Sketch of the medical history of the native army of Bombay, for the year
Year: 1875
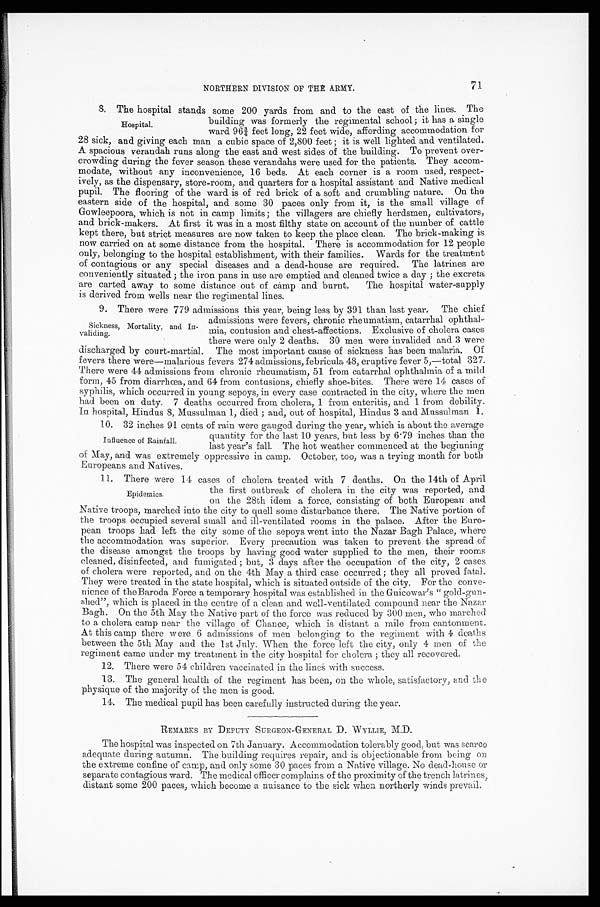
71
NORTHERN DIVISION OF THE ARMY.
8. The hospital stands some 200 yards from and to the east of the lines. The
building was formerly the regimental school; it has a single
ward 96¾ feet long, 22 feet wide, affording accommodation for
28 sick, and giving each man a cubic space of 2,800 feet; it is well lighted and ventilated.
A spacious verandah runs along the east and west sides of the building. To prevent over-
crowding during the fever season these verandahs were used for the patients. They accom--
modate, without any inconvenience, 16 beds. At each corner is a room used, respect
-ively, as the dispensary, store-room, and quarters for a hospital assistant and Native medical
pupil. The flooring of the ward is of red brick of a soft and crumbling nature. On the
eastern side of the hospital, and some 30 paces only from it, is the small village of
Gowleepoora, which is not in camp limits; the villagers are chiefly herdsmen, cultivators,
and brick-makers. At first it was in a most filthy state on account of the number of cattle
kept there, but strict measures are now taken to keep the place clean. The brick-making is
now carried on at some distance from the hospital. There is accommodation for 12 people
only, belonging to the hospital establishment, with their families. Wards for the treatment
of contagious or any special diseases and a dead-house are required. The latrines are
conveniently situated; the iron pans in use are emptied and cleaned twice a day; the excreta
are carted away to some distance out of camp and burnt. The hospital water-supply
is derived from wells near the regimental lines.
9. There were 779 admissions this year, being less by 391 than last year. The chief
admissions were fevers, chronic rheumatism, catarrhal ophthal
-mia, contusion and chest-affections. Exclusive of cholera cases
there were only 2 deaths. 30 men were invalided and 3 were
discharged by court-martial. The most important cause of sickness has been malaria. Of
fevers there were—malarious fevers 274 admissions, febricula 48, eruptive fever 5,—total 327.
There were 44 admissions from chronic rheumatism, 51 from catarrhal ophthalmia of a mild
form, 45 from diarrhœa, and 64 from contusions, chiefly shoe-bites. There were 14 cases of
syphilis, which occurred in young sepoys, in every case contracted in the city, where the men
had been on duty. 7 deaths occurred from cholera, 1 from enteritis, and 1 from debility.
In hospital, Hindus 8, Mussulman 1, died; and, out of hospital, Hindus 3 and Mussulman 1.
10. 32 inches 91 cents of rain were gauged during the year, which is about the average
quantity for the last 10 years, but less by 6.79 inches than the
last year's fall. The hot weather commenced, at the beginning
of May, and was extremely oppressive in camp. October, too, was a trying month for both
Europeans and Natives.
11. There were 14 cases of cholera treated with 7 deaths. On the 14th of April
the first outbreak of cholera in the city was reported, and
on the 28th ideal a force, consisting of both European and
Native troops, marched into the city to quell some disturbance there. The Native portion of
the troops occupied several small and ill-ventilated rooms in the palace. After the Euro--
pean troops had left the city some of the sepoys went into the Nazar Bagh Palace, where
the accommodation was superior. Every precaution was taken to prevent the spread of
the disease amongst the troops by having good water supplied to the men, their rooms
cleaned, disinfected, and fumigated; but, 3 days after the occupation of the city, 2 cases
of cholera were reported, and on the 4th May a third case occurred; they all proved fatal.
They were treated in the state hospital, which is situated outside of the city. For the conve--
nience of theBaroda Force a temporary hospital was established in the Guicowar's "gold-gun--
shed", which is placed in the centre of a clean and well-ventilated compound near the Nazar
Bagh. On the 5th May the Native part of the force was reduced by 300 men, who marched
to a cholera camp near the village of Chance, which is distant a mile from cantonment.
At this camp there were 6 admissions of men belonging to the regiment with 4 deaths
between the 5th May and the 1st July. When the force left the city, only 4 men of the
regiment came under my treatment in the city hospital for cholera; they all recovered.
12. There were 54 children vaccinated in the lines with success.
13. The general health of the regiment has been, on the whole, satisfactory, and the
physique of the majority of the men is good.
14. The medical pupil has been carefully instructed during the year.
REMARKS BY DEPUTY SURGEON-GENERAL D. WYLLIE, M.D.
The hospital was inspected on 7th January. Accommodation tolerably good, but was scarce
adequate during autumn. The building requires repair, and is objectionable from being on
the extreme confine of camp, and only some 30 paces from a Native village. No dead-house or
separate contagious ward. The medical officer complains of the proximity of the trench latrines,
distant some 200 paces, which become a nuisance to the sick when northerly winds prevail.
Hospital.
Sickness, Mortality, and In--
validing.
Influence of Rainfall.
Epidemics.